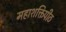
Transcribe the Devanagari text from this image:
महाशक्तिपीठ